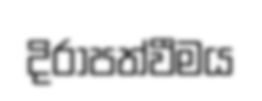
දිරාපත්වීමය